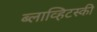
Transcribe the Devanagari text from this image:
ब्लाव्हिटस्‍की